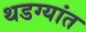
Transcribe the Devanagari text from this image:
थडग्यांत